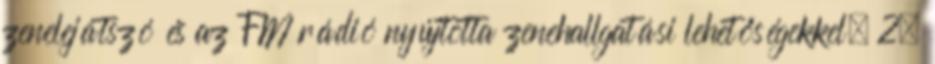
zenelejátszó és az FM rádió nyújtotta zenehallgatási lehetőségekkel. 2.